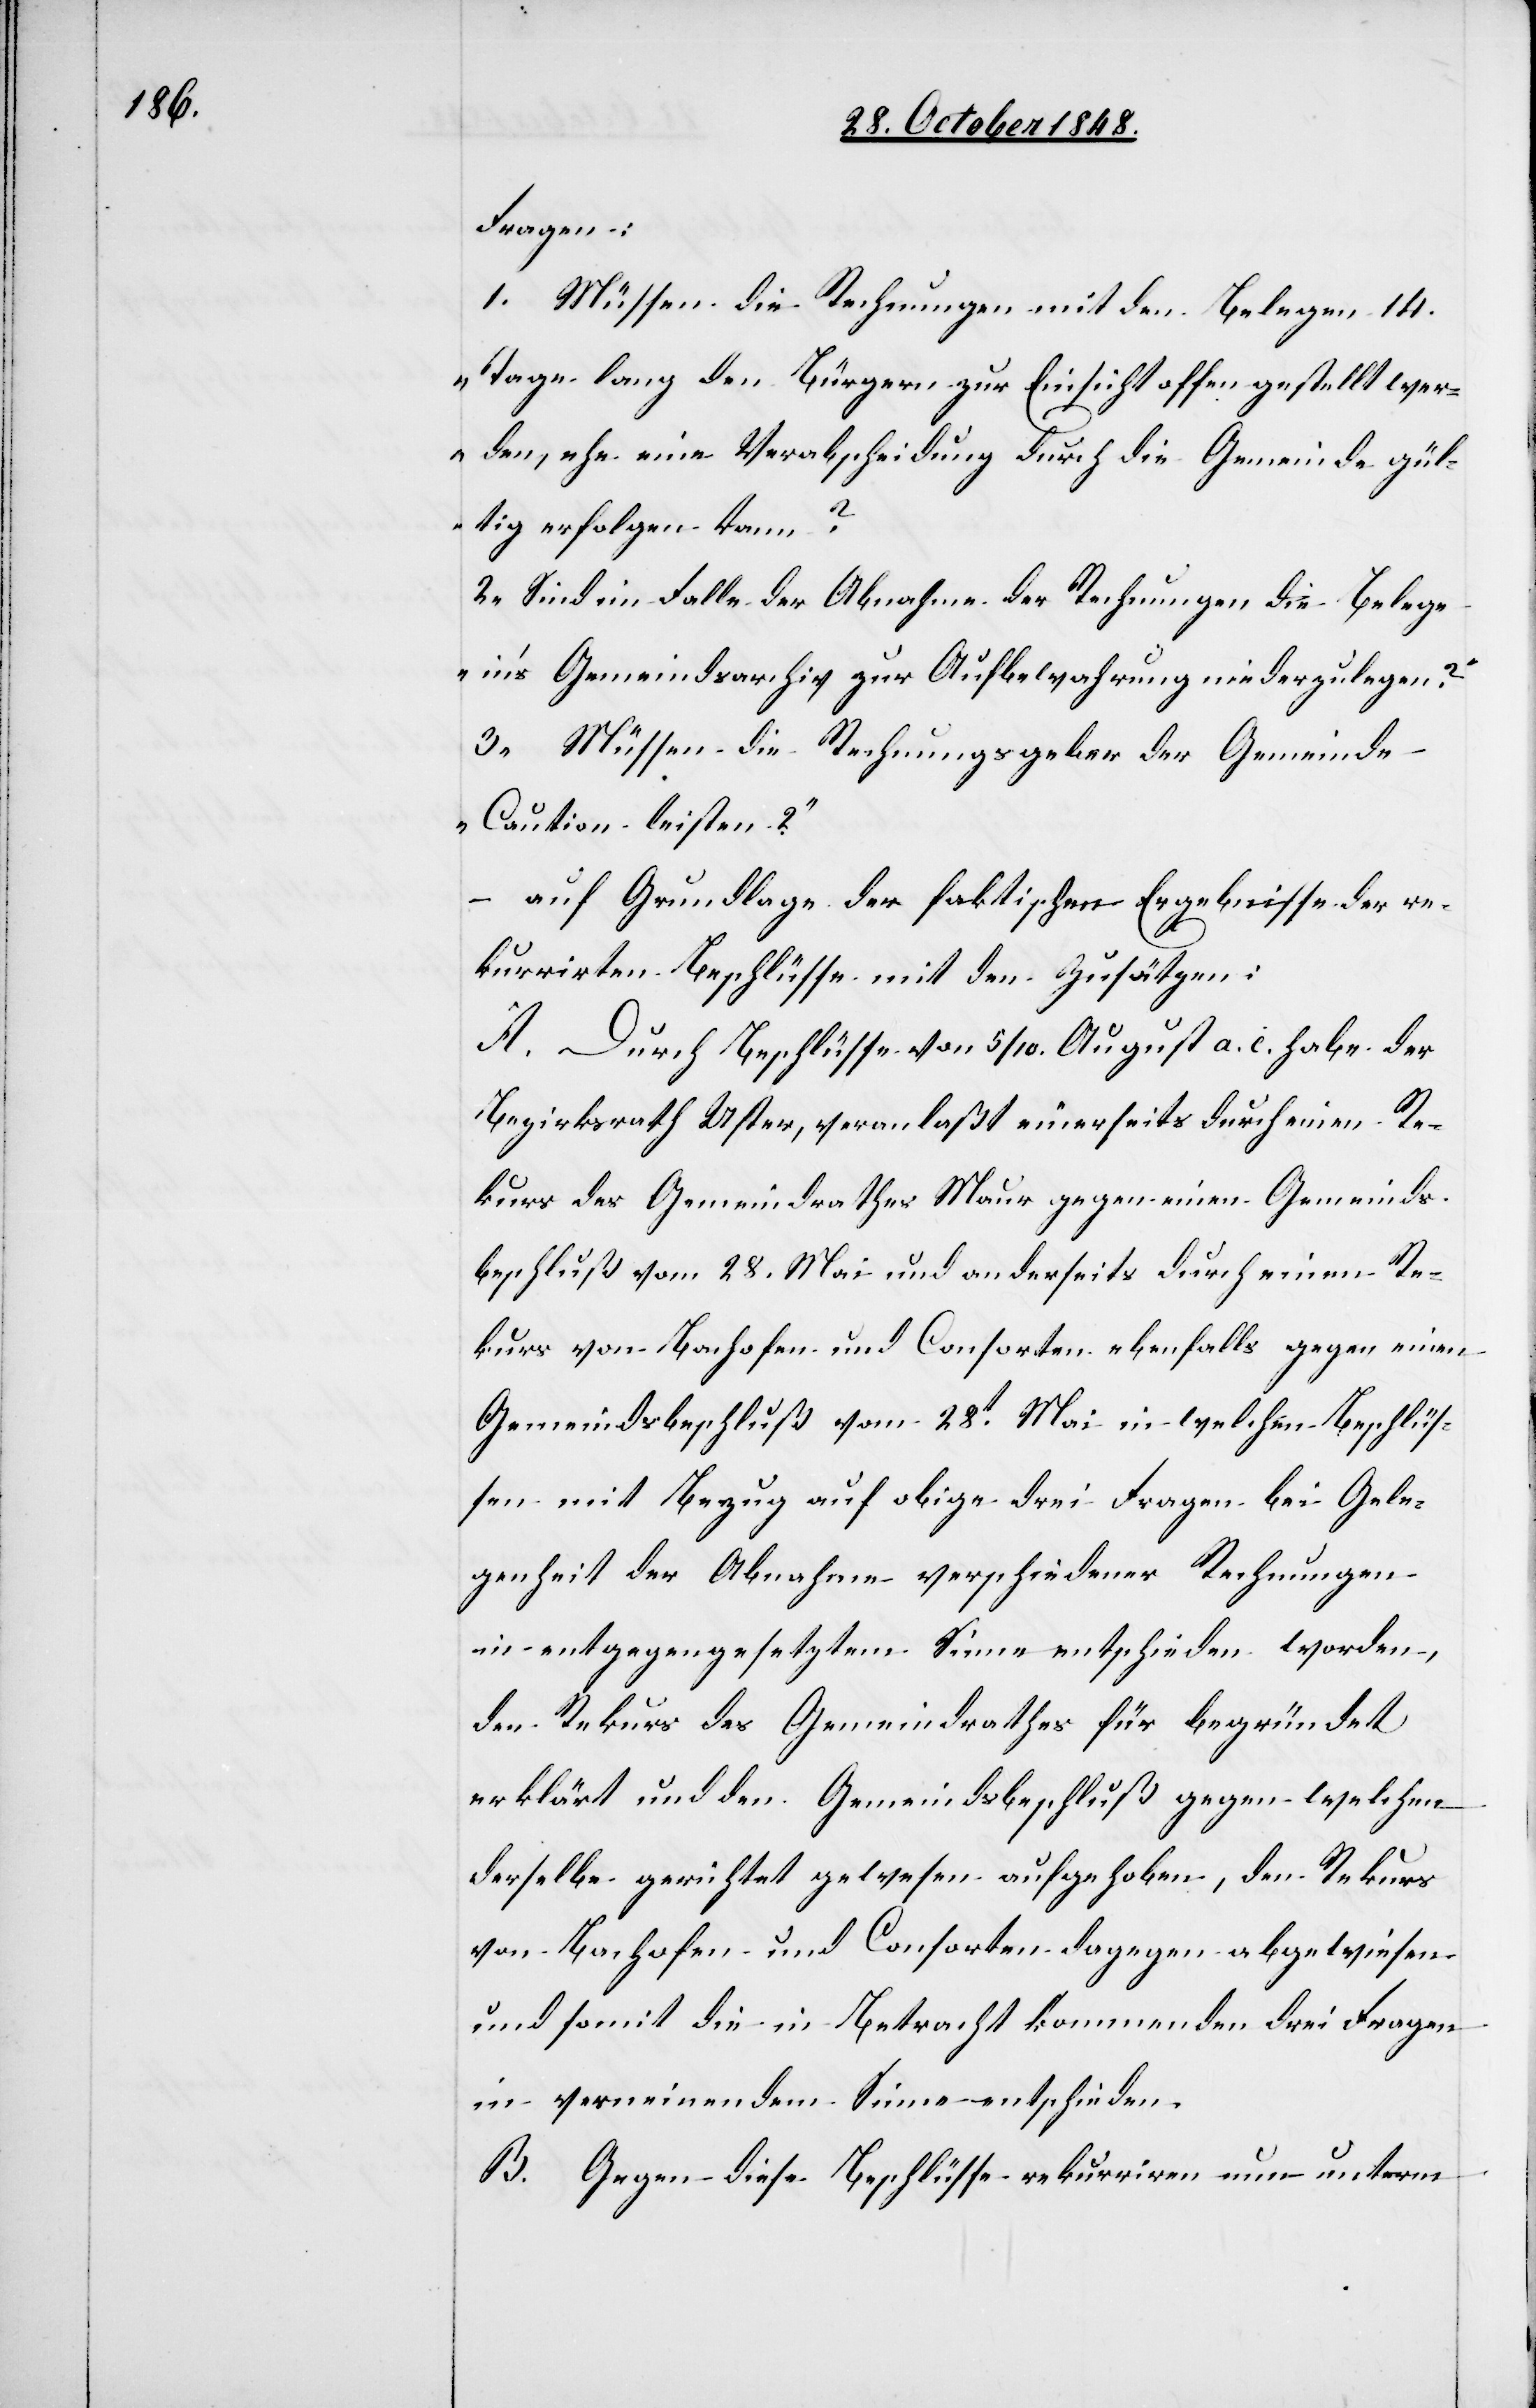
Fragen:
1. [„]Müssen die Rechnungen mit den Belegen 14.
Tage lang den Bürgern zur Einsicht offen gestellt wer¬
den, ehe eine Verabscheidung durch die Gemeinde gül¬
tig erfolgen kann?“
2. „Sind im Falle der Abnahme der Rechnungen die Belege
in’s Gemeindsarchiv zur Aufbewahrung niederzulegen?“
3. „Müssen die Rechungsgeber der Gemeinde
Caution leisten?“
– auf Grundlage der faktischen Ergebnisse der re¬
kurrirten Beschlüsse mit den Zusätzen:
A. Durch Beschlüsse von 5/10. August a. c. habe der
Bezirksrath Uster, veranlaßt euerseits durch einen Re¬
kurs des Gemeindrathes Maur gegen einen Gemeinds¬
beschluß vom 28. Mai und anderseits durch einen Re¬
kurs von Bachofen und Consorten ebenfalls gegen einen
Gemeindsbeschluß vom 28t Mai in welchen Beschlüs¬
sen mit Bezug auf obige drei Fragen bei Gele¬
genheit der Abnahme verschiedener Rechnungen
in entgegengesetztem Sinne entschieden worden,
den Rekurs des Gemeindrathes für begründet
erklärt und den Gemeindsbeschluß gegen welchen
derselbe gerichtet gewesen aufgehoben, den Rekurs
von Bachofen und Consorten dagegen abgewiesen
und somit die in Betracht kommenden drei Fragen
in verneinendem Sinne entschieden.
B. Gegen diese Beschlüsse rekurriren nun unterm